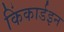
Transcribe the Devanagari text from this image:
किंकार्डइन